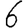
Digit: 6